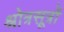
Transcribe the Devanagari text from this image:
श्रोत्रसूत्रों